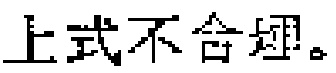
上式不合理。